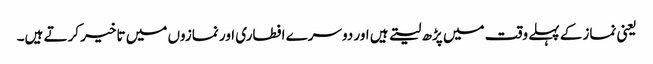
یعنی نمازکے پہلے وقت میں پڑھ لیتے ہیں اور دوسرے افطاری اور نمازوں میں تاخیر کرتے ہیں۔